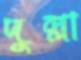
দুল্লা